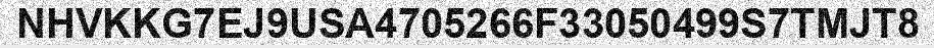
NHVKKG7EJ9USA4705266F33050499S7TMJT8